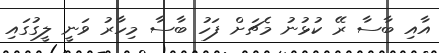
އާއި ބާސާ ރޭ ކުޅުނު މެޗަށް ފަހު ބާސާ މިހާރު ވަނީ ލީގުގައި